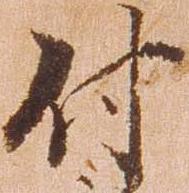
付